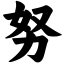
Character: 努